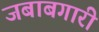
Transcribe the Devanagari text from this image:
जबाबगारी